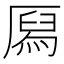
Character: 㕐